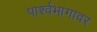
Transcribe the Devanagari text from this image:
पार्श्वभागावर